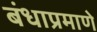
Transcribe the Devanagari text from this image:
बंधाप्रमाणे